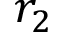
r _ { 2 }